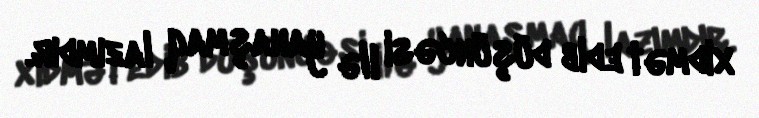
xidmət edib düşüncəsi ilə yanaşmaq lazımdır.